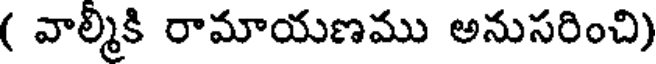
( వాల్మికి రామాయణము అనుసరించి)